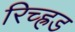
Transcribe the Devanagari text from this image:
रिच्ह्रड